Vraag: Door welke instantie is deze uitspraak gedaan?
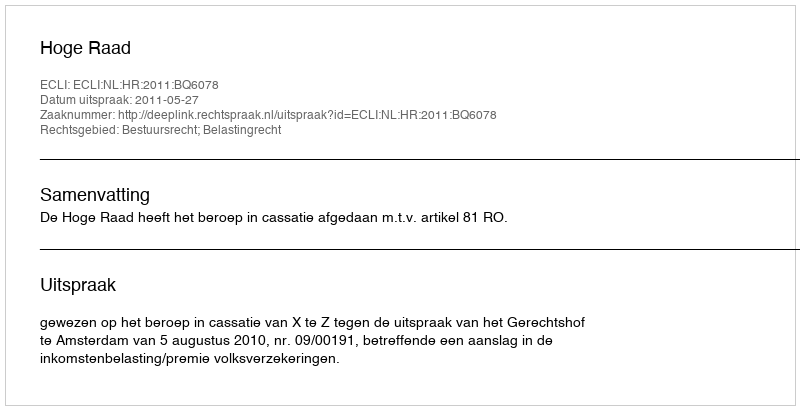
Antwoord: Hoge Raad